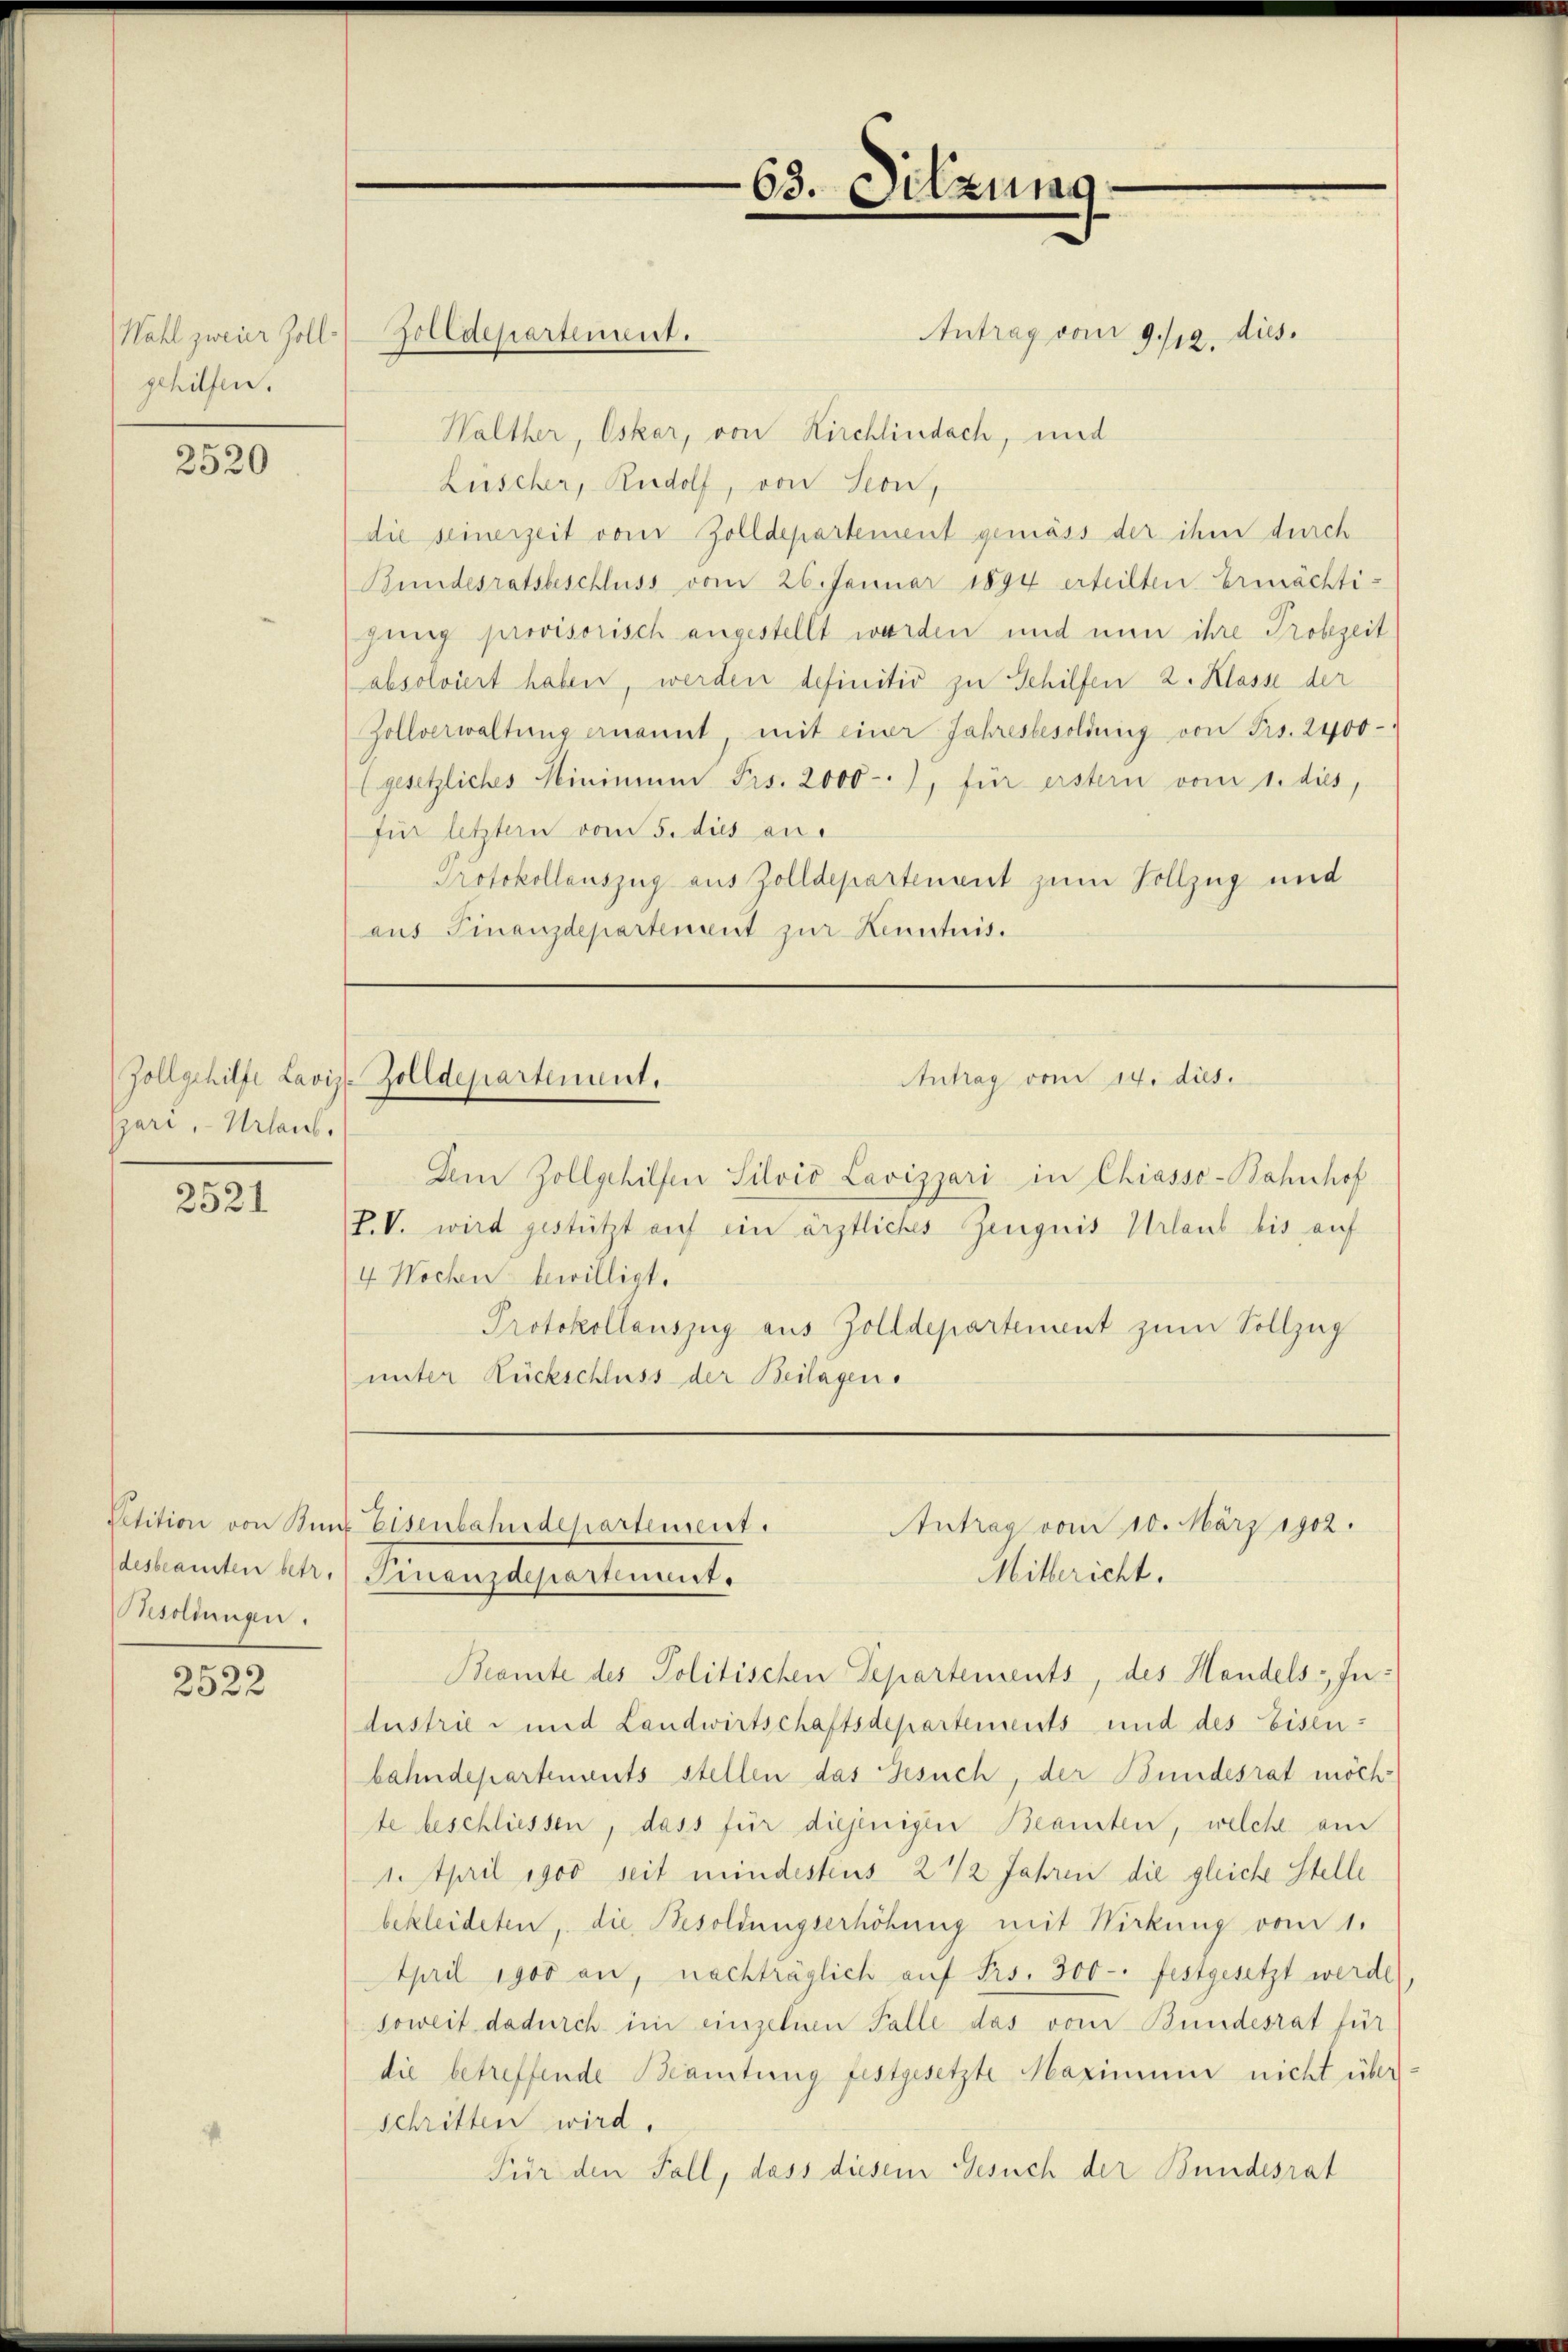
Wahl zweier Zollgehilfen.

2520

ari, Urlaub.

2521

desbeamten betr.
soldungen.

2522

Zolldepartement.

63. Sitzurag

Antrag vom 9./12. dies
Walther, Oskar, von Kirchlindach, und
Lüscher, Rudolf, von Seon,
die seinerzeit vom Zolldepartement gemäss der ihm durch
Bundesratsbeschluss vom 26. Januar 1894 erteilten Ermächti-
gung provisorisch angestellt worden und nun ihre Probezeit
absolviert haben, werden definitiv zu Schilfen 2. Klasse der
Zollverwaltung ernannt mit einer Jahresbesoldung von Frs. 2400
(gesetzliches Minimum Frs. 2000), für erstern vom 1. dies,
für letzter vom 5. dies an.
Protokollauszug aus Zolldepartenant zum Vollzug und
aus Finanzdepartement zur Kenntnis.

Zollgehilfe Lavis Zolldepartement.
Antrag vom 14. dies

Dem Zollgehilfen Silvio Lavizzari in Chiasso-Bahnhof
P.V. wird gestützt auf ein ärztliches Zeugnis Urlaub bis auf
4 Wochen bewilligt.
Protokollauszug aus Zolldepartement zum Vollzug
unter Rückschluss der Beilagen.
Beamte des Politischen Departements, des Handels-Industrie- und Landwirtschaftsdepartements und des Eisenbahndepartements stellen das Gesuch, der Bundesrat möch-
te beschliessen, dass für diejenigen Beamten, welche am
1. April 1900 seit mindestens 2 1/2 Jahren die gleiche Stelle
bekleideten, die Besoldungserhöhung mit Wirkung vom 1.
April igos an, nachträglich auf Frs. 300. festgesetzt werde
soweit dadurch im einzelnen Falle das vom Bundesrat für
die betreffende Beamtung festgesetzte Maximum nicht überschritten wird.
Für den Fall, dass diesem Gesuch der Bundesrat

Petition von Kunz Eisenbahndepartement.
Antrag vom 10. März 1902.
Mitlericht.
Finanzdepartement.